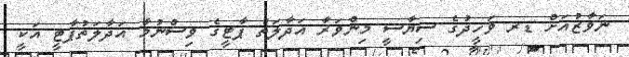
ނަވާޒުއަށް ޑރ ވަހީދުގެ ސިޔާސީ މިންވަރާ އަދާލަތު ޕާޓީގެ ވިސްނުމާ އަދާލަތުޕާޓީ އަކީ